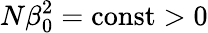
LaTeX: N\beta_{0}^{2}=\mathrm{const}>0